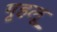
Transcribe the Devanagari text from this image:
गृहलू